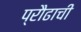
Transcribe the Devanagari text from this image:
प्रौढाची